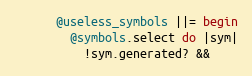
Language: Ruby
      @useless_symbols ||= begin
        @symbols.select do |sym|
          !sym.generated? &&